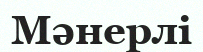
Мәнерлі